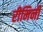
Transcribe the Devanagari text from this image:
रीमिनी